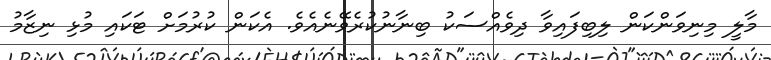
މާލީ މިނިވަންކަން ލިބިފައިވާ ދިވެއްސަކު ބިނާނުކުރެވޭނެއެވެ. އެކަން ކުރުމަށް ޓަކައި މުޅި ނިޒާމު